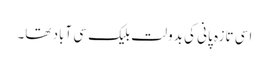
اسی تازہ پانی کی بدولت بلیک سی آباد تھا۔